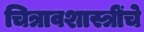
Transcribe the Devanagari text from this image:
चित्रावशास्त्रींचे